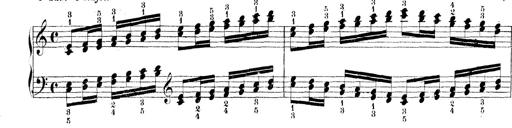
Title: Technische Studien
Composer: Franz Liszt